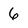
Character: 6